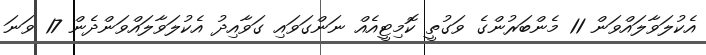
އެކުލަވާލައްވަން 11 މެންބަރުންގެ ވަގުތީ ކޮމިޓީއެއް ނަންގަވައި ގަވާއިދު އެކުލަވާލައްވަންދެން 17 ވަނަ